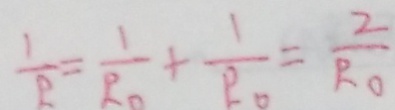
\frac { 1 } { R } = \frac { 1 } { R _ { 0 } } + \frac { 1 } { R _ { 0 } } = \frac { 2 } { R _ { 0 } }